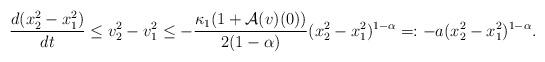
LaTeX: \begin{align*}\frac{d(x_2^2-x_1^2)}{dt}\leq v_2^2-v_1^2\leq -\frac{\kappa_1(1+\mathcal{A}(v)(0))}{2(1-\alpha)}(x_2^2-x_1^2)^{1-\alpha} =: -a(x_2^2-x_1^2)^{1-\alpha}.\end{align*}